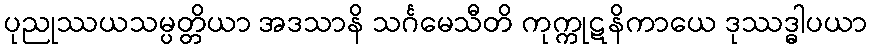
ပုညုဿယသမ္ပတ္တိယာ အဒသာနိ သင်္ဂမေသီတိ ကုက္ကုဋနိကာယေ ဒုဿဒ္ဓါပယာ